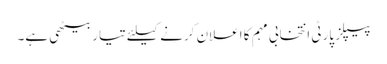
پیپلز پارٹی انتخابی مہم کا اعلان کرنے کیلئے تیار بیٹھی ہے۔